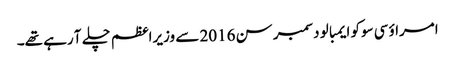
امراؤ سی سوکو ایمبالو دسمبر سن 2016 سے وزیراعظم چلے آ رہے تھے۔